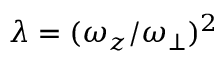
\lambda = ( \omega _ { z } / \omega _ { \perp } ) ^ { 2 }